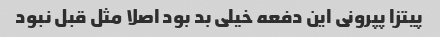
پیتزا پپرونی این دفعه خیلی بد بود اصلا مثل قبل نبود